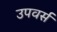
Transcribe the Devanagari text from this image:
उपवर्स